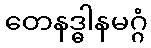
တေနဒ္ဓါနမဂ္ဂံ